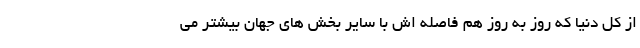
از کل دنیا که روز به روز هم فاصله اش با سایر بخش های جهان بیشتر می